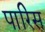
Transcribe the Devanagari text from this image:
पारिस